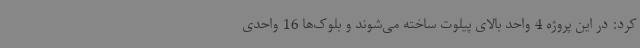
کرد: در این پروژه 4 واحد بالای پیلوت ساخته می‌شوند و بلوک‌ها 16 واحدی